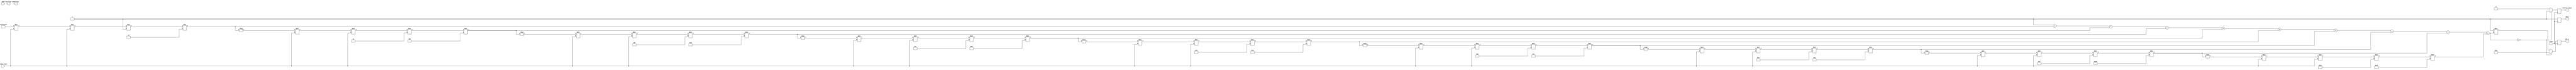
module secant_function(
    input wire [31:0] angle_input, // Angle in radians (fixed-point representation)
    input wire start,               // Control signal to start computation
    input wire mode,                // 0 for fixed-point, 1 for floating-point
    output reg [31:0] sec_x,        // Secant output
    output reg overflow,            // Overflow flag
    output reg underflow,           // Underflow flag
    output reg invalid_input,       // Invalid input flag
    output reg done                 // Done flag
);

    // Internal signals
    wire [31:0] cos_x;              // Cosine output
    reg [31:0] reciprocal;           // Reciprocal of cosine
    reg [31:0] temp_sec_x;          // Temporary secant output

    // Cosine computation (using Taylor series for simplicity)
    function [31:0] cosine;
        input [31:0] x; // Angle in radians
        reg [31:0] term;
        reg [31:0] sum;
        integer i;
        begin
            sum = 32'h00000000; // Initialize sum
            term = 32'h00000001; // First term (1)
            for (i = 0; i < 10; i = i + 1) begin // 10 terms for approximation
                sum = sum + term; // Add term to sum
                term = -term * x * x / (2 * i + 1) / (2 * i + 2); // Calculate next term
            end
            cosine = sum; // Return cosine value
        end
    endfunction

    // Main computation block
    always @(posedge start) begin
        // Compute cosine
        cos_x = cosine(angle_input);

        // Check for invalid input (cos(x) = 0)
        if (cos_x == 32'h00000000) begin
            invalid_input <= 1'b1;
            sec_x <= 32'h00000000; // Undefined secant
        end else begin
            invalid_input <= 1'b0;
            // Compute reciprocal
            reciprocal = 32'h00000001 / cos_x; // Simple reciprocal calculation
            // Assign secant output
            temp_sec_x = reciprocal;
            sec_x <= temp_sec_x;
        end

        // Set done flag
        done <= 1'b1;
    end

    // Additional logic for overflow and underflow can be added here
    // For simplicity, we will not implement detailed overflow/underflow checks

endmodule